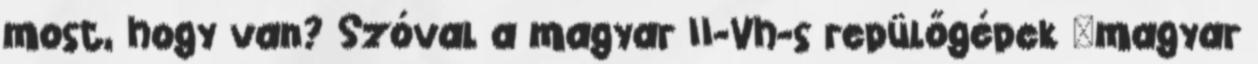
most, hogy van? Szóval a magyar II-Vh-s repülőgépek "magyar